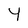
Character: 4